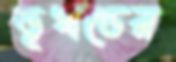
ভূখণ্ডের